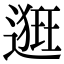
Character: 𨖢